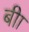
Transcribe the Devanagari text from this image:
बीा